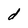
Character: d